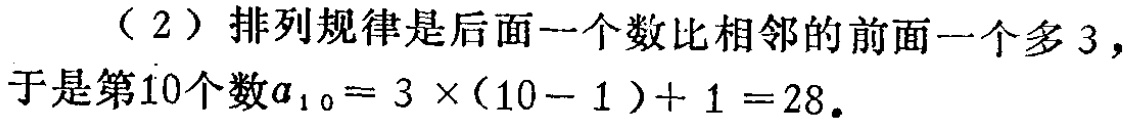
（2）排列规律是后面一个数比相邻的前面一个多 3，于是第10个数\(a_{10}=3\times(10 - 1)+1 = 28\)。